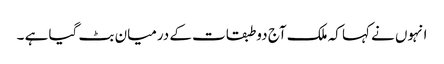
انہوں نے کہا کہ ملک آج دو طبقات کے درمیان بٹ گیا ہے ۔